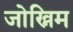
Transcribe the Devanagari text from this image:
जोख्निम